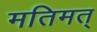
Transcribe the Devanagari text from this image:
मतिमत्‌